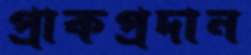
প্রাকপ্রদান